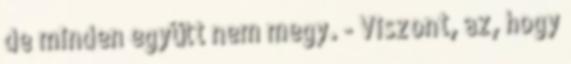
de minden együtt nem megy. - Viszont, az, hogy